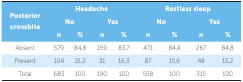
| <ROWSPAN=3> Posterior crossbite | <COLSPAN=4> Headache | <COLSPAN=4> Restless sleep |
 | <COLSPAN=2> No | <COLSPAN=2> Yes | <COLSPAN=2> No | <COLSPAN=2> Yes |
 | n | % | n | % | n | % | n | % |
 | --- | --- | --- | --- | --- | --- | --- | --- | --- |
 | Absent | 579 | 84,8 | 159 | 83,7 | 471 | 84,4 | 267 | 84,8 |
 | Present | 104 | 15,2 | 31 | 16,3 | 87 | 15,6 | 48 | 15,2 |
 | Total | 683 | 100 | 190 | 100 | 558 | 100 | 315 | 100 |